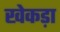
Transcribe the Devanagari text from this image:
खेकड़ा